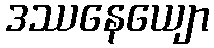
ဒဿနေယျော